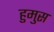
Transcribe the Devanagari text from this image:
हुमुस